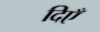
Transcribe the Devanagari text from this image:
दिएँ